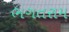
ભગતરામ